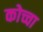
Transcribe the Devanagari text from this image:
कोच्चा